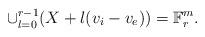
LaTeX: \begin{align*} \cup_{l=0}^{r-1} (X+l(v_i-v_e))=\mathbb{F}_r^m.\end{align*}